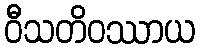
ဝီသတိဝဿာယ